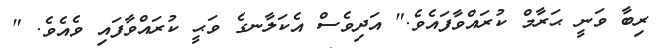
ރިބާ ވަނީ ޙަރާމް ކުރައްވާފައެވެ." އަދިވެސް އެކަލާނގެ ވަޙީ ކުރައްވާފައި ވެއެވެ. "